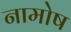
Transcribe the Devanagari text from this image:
नामोष